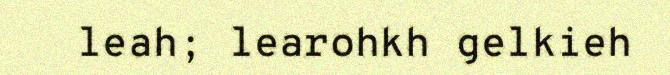
leah; learohkh gelkieh